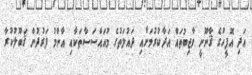
އަދި އޮފީހުގެ ޤާނޫނީ ވާޖިބުތައް އަދާކުރުމަށާއި ދައުލަތުގެ މުއައްސަސާތަކާއި އާންމު ފަރުދުން ޤަބޫލުކުރާ